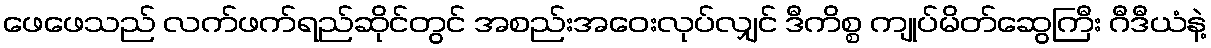
ဖေဖေသည် လက်ဖက်ရည်ဆိုင်တွင် အစည်းအဝေးလုပ်လျှင် ဒီကိစ္စ ကျုပ်မိတ်ဆွေကြီး ဂီဒီယံနဲ့